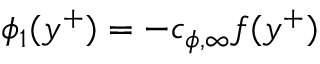
\phi _ { 1 } ( y ^ { + } ) = - c _ { \phi , \infty } f ( y ^ { + } )